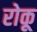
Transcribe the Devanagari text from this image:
रोकू